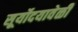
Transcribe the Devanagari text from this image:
सूर्योदयावेळी